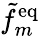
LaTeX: \tilde{f}_{m}^{\mathrm{{eq}}}